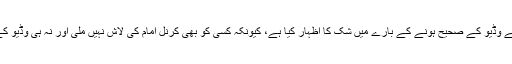
خالد، جو قبائلی علاقوں میں رپوٹنگ کرتے ہیں نے وڈیو کے صحیح ہونے کے بارے میں شک کا اظہار کیا ہے، کیونکہ کسی کو بھی کرنل امام کی لاش نہیں ملی اور نہ ہی وڈیو کے بعد ان کے بارے میں کوئی بات سنی گئی ہے۔